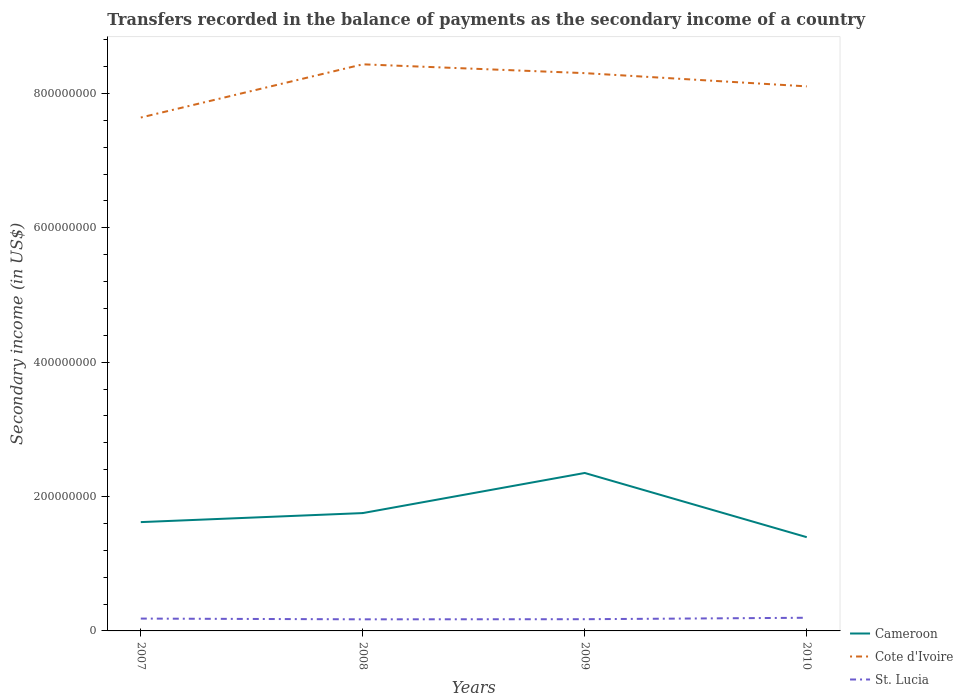
| Years | Cameroon | Cote d'Ivoire | St. Lucia |
 | --- | --- | --- | --- |
 | 2007 | 1.62e+08 | 7.64e+08 | 1.84e+07 |
 | 2008 | 1.75e+08 | 8.43e+08 | 1.73e+07 |
 | 2009 | 2.35e+08 | 8.3e+08 | 1.74e+07 |
 | 2010 | 1.4e+08 | 8.11e+08 | 1.96e+07 |